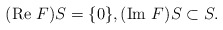
\begin{align*}(\textrm{Re }F) S=\{0\}, (\textrm{Im }F)S \subset S.\end{align*}